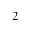
^ 2